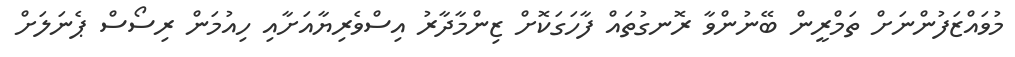
މުވައްޒަފުންނަށް ތަމްރީން ބޭނުންވާ ރޮނގުތައް ފާހަގަކޮށް ޒިންމާދާރު އިސްވެރިޔާއަށާއި ހިއުމަން ރިސޯސް ޕެނަލަށް